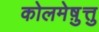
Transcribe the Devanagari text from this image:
कोलमेष़ुत्तु